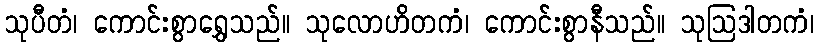
သုပီတံ၊ ကောင်းစွာရွှေသည်။ သုလောဟိတကံ၊ ကောင်းစွာနီသည်။ သုဩဒါတကံ၊